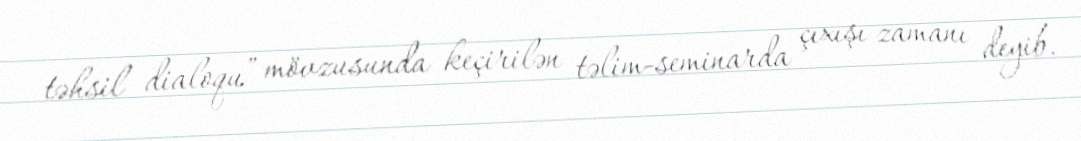
təhsil dialoqu” mövzusunda keçirilən təlim-seminarda çıxışı zamanı deyib.